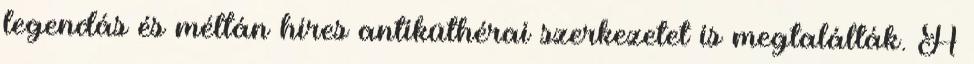
legendás és méltán híres antiküthérai szerkezetet is megtalálták. A